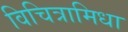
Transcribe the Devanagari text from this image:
विचित्रामिधा